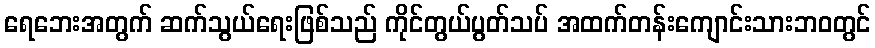
ရေဘေးအတွက် ဆက်သွယ်ရေးဖြစ်သည် ကိုင်တွယ်ပွတ်သပ် အထက်တန်းကျောင်းသားဘဝတွင်